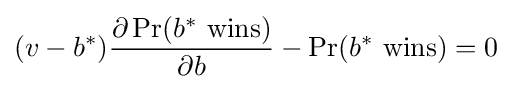
(v-b^{*}){\frac {\partial \Pr(b^{*}\ {\textrm {wins}})}{\partial b}}-\Pr(b^{*}\ {\textrm {wins}})=0